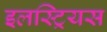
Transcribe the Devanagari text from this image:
इलस्ट्रियस